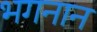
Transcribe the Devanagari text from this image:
भगनान